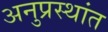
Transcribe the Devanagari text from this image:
अनुप्रस्थांत